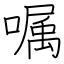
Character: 嘱